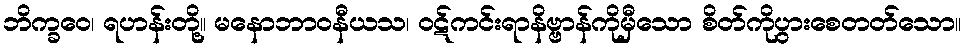
ဘိက္ခဝေ၊ ရဟန်းတို့။ မနောဘာဝနီယသ၊ ဝဋ်ကင်းရာနိဗ္ဗာန်ကိုမှီသော စိတ်ကိုပွားစေတတ်သော။